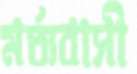
মর্ত্যবাসী